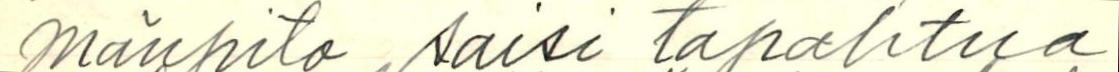
mänpito saisi tapahtua